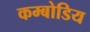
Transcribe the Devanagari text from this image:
कम्बोडिय